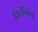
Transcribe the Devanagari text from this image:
सिलेन्सियो